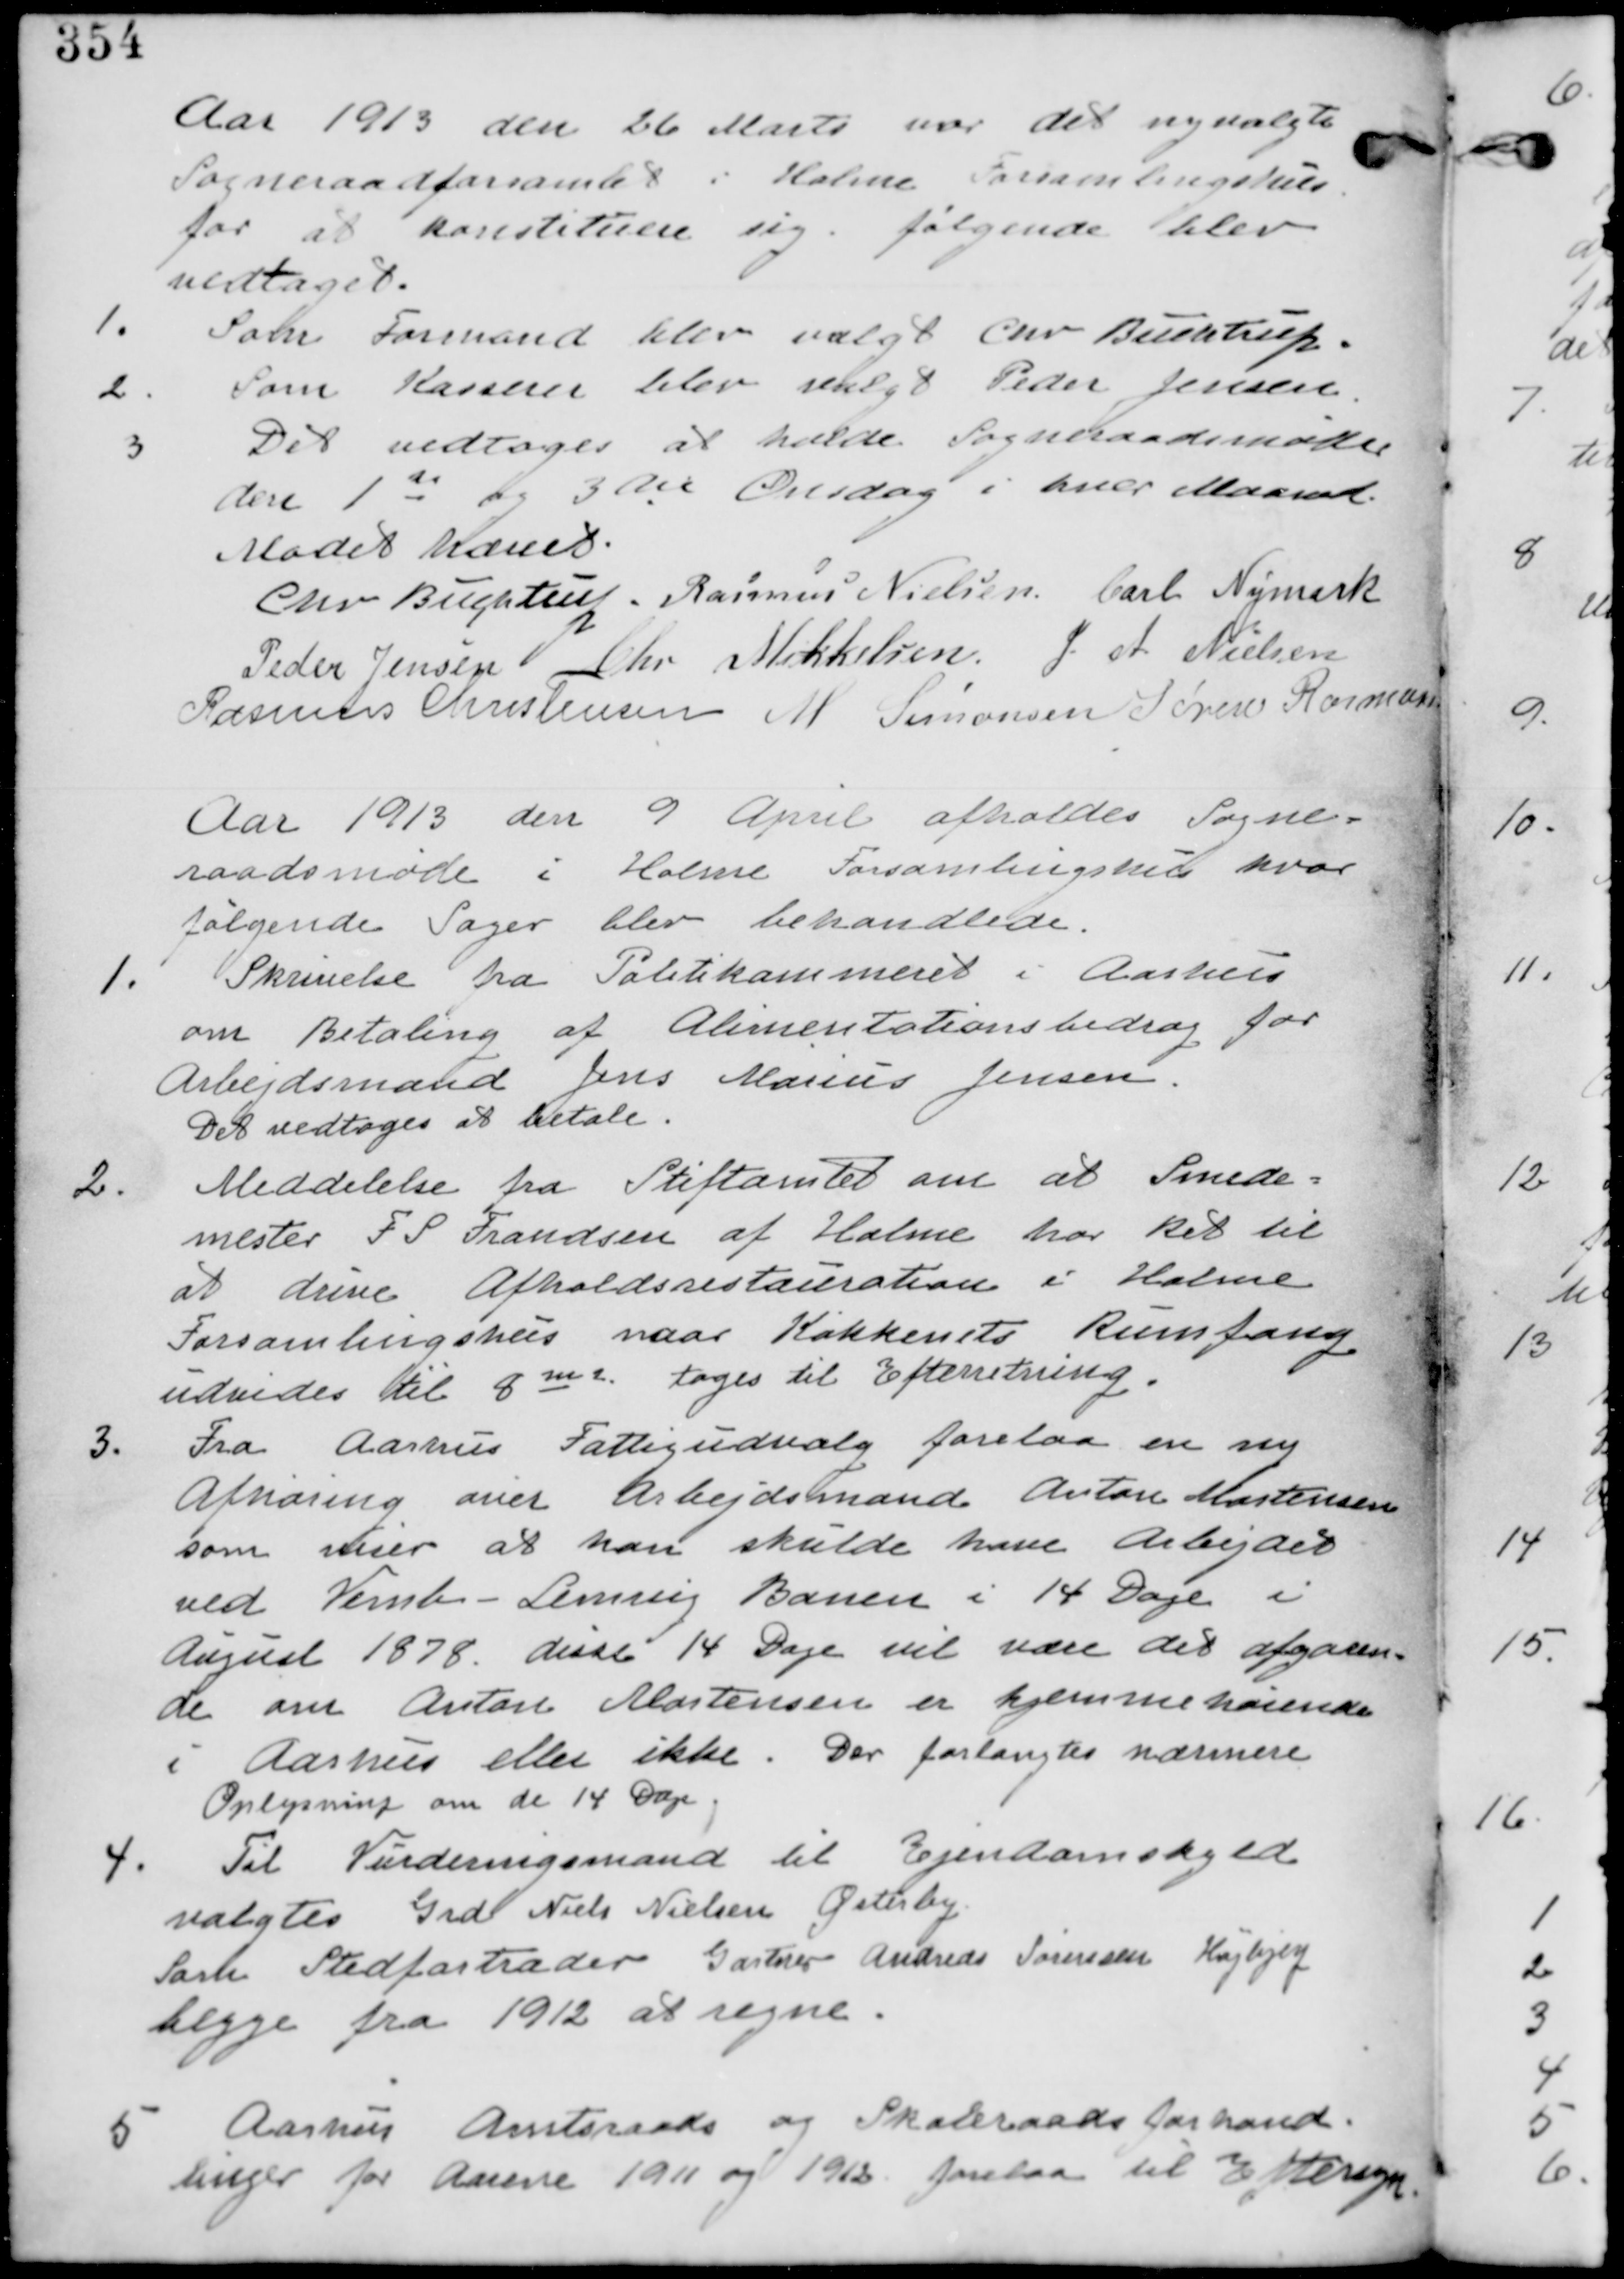
Transskription:
Aar 1913 den 26 Marts var det nyvalgte
Sogneraad forsamlet i Holme Forsamlingshus
for at konstituere sig. følgende blev
vedtaget.

1. Som Formand blev valgt Chr Buchtrup
2. Som Kasserer blev valgt Peder Jensen
3. Det vedtages at holde Sogneraadsmøder
den 1de og 3die Onsdag i hver Maaned

Mødet hævet

Chr Buchtrup. Rasmus Nielsen Carl Nymark
Peder Jensen Chr Mikkelsen J A Nielsen
Rasmus Christensen M Sørensen Søren Rasmussen

Aar 1913 den 9 April afholdes Sogne-
raadsmøde i Holme Forsamlingshus hvor
følgende Sager blev behandlede.

1. Skrivelse fra Politikammeret i Aarhus
om betaling af Alimentationsbidrag for
Arbejdsmand Jens Marius Jensen.
Det vedtages at betale.

2. Meddelelse fra Stiftamtet om at Smede-
mester F S Frandsen af Holme har Ret til
at drive Afholdsrestauration i Holme
Forsamlingshus naar Køkkenets Rumfang
udvides til 8 m2 tages til Efterretning

3. Fra Aarhus Fattigudvalg forelaa en ny
afhøring over Arbejdsmand Anton Mortensen
som viser at han skulde have Arbejdet
ved Vemb-Lemvig Banen i 14 Dage i
August 1878. disse 14 Dage vil være det afgøren-
de om Anton Mortensen er hjemmehørende
i Aarhus eller ikke. Der forlangtes nærmere
Oplysning om de 14 Dage.

4. Til Vurderingsmand til Ejendomskyld
valgtes Grd Niels Nielsen Østerby.
Som Stedfortræder Gartner Andreas Sørensen Højbjerg
begge fra 1912 at regne.

5. Aarhus Amtsraads og Skoleraadsforhand-
linger for Aarene 1911 og 1912 forelaa til Eftersyn.